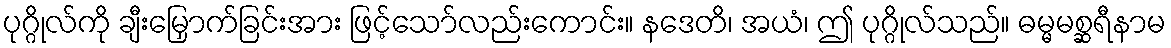
ပုဂ္ဂိုလ်ကို ချီးမြှောက်ခြင်းအား ဖြင့်သော်လည်းကောင်း။ နဒေတိ၊ အယံ၊ ဤ ပုဂ္ဂိုလ်သည်။ ဓမ္မမစ္ဆရီနာမ